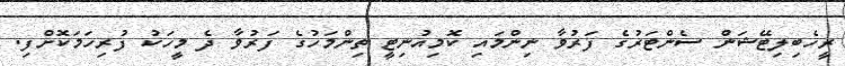
ރީހެބިލިޓޭޝަން ސެންޓަރުގެ ފަރުވާ ނިންމައި ކޮމިއުނިޓީ ތިންމަހުގެ ފަރުވާ ދެ މީހަކު ފުރިހަމަކޮށްފި.